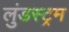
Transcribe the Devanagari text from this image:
लुंडस्ट्रम